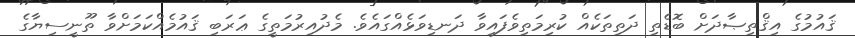
ޤައުމުގެ އިޤްތިޞާދަށް ބޮޑެތި ދަތިތަކެއް ކުރިމަތިވެފައިވާ ދަނޑިވަޅެއްގައެވެ. މެދުއިރުމަތީގެ ޢަރަބި ޤައުމެއްކަމަށްވާ ތޫނީސިޔާގެ